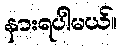
နားရပါမယ်။